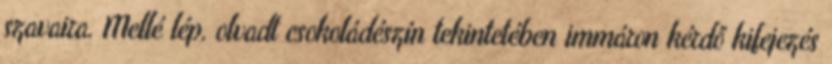
szavaira. Mellé lép, olvadt csokoládészín tekintetében immáron kérdő kifejezés